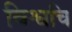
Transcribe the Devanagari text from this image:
विश्वचि